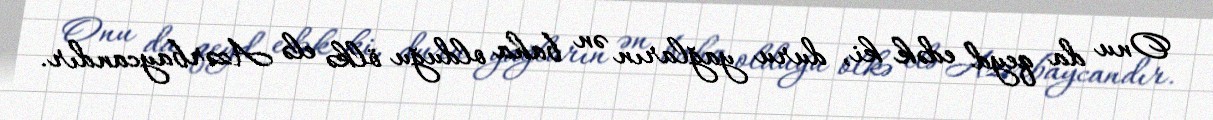
Onu da qeyd edək ki, duru yağların ən baha olduğu ölkə elə Azərbaycandır.